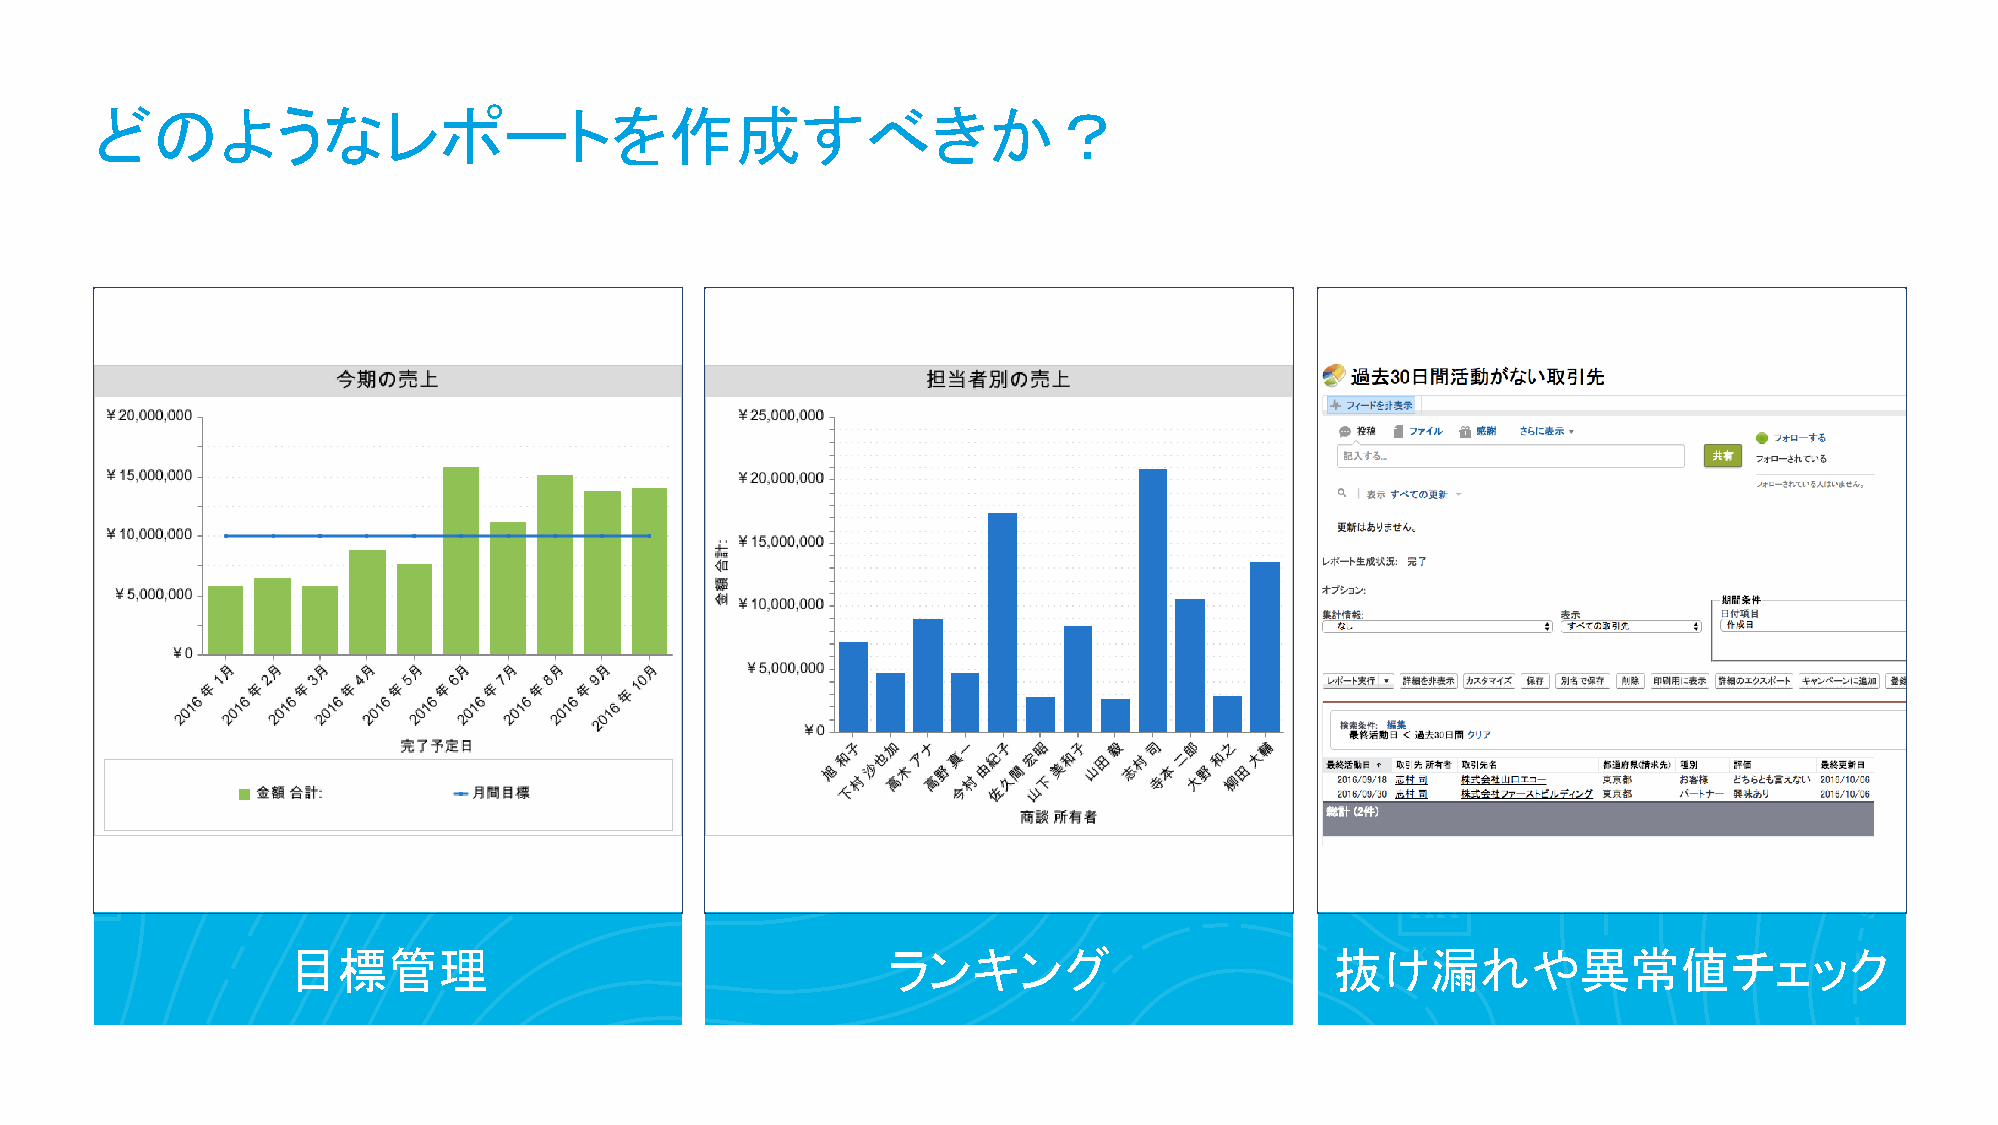
どのようなレポートを作成すべきか？
 目標管理                                    ランキング                        抜け漏れや異常値チェック